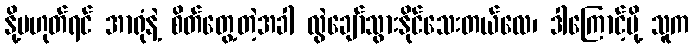
နို့မဟုတ်ရင် အာရုံနဲ့ စိတ်တွေ့တဲ့အခါ လွဲချော်သွားနိုင်သေးတယ်လေ၊ ဒါကြောင့်မို့ သူက